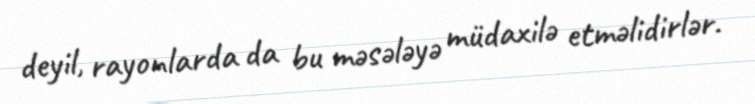
deyil, rayonlarda da bu məsələyə müdaxilə etməlidirlər.